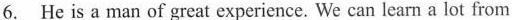
6. He is a man of great experience. We can learn a lot from